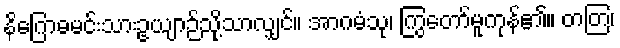
နိဂြောဓမင်းသားဥယျာဉ်သို့သာလျှင်။ အာဂမံသု၊ ကြွတော်မူကုန်၏။ တတြ၊